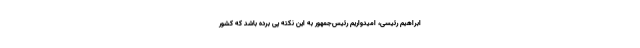
ابراهیم رئیسی، امیدواریم رئیس‌جمهور به این نکته پی برده باشد که کشور